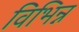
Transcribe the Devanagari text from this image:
विभिन्न